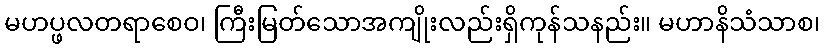
မဟပ္ဖလတရာစေဝ၊ ကြီးမြတ်သောအကျိုးလည်းရှိကုန်သနည်း။ မဟာနိသံသာစ၊